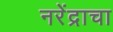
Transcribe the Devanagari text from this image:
नरेंद्राचा